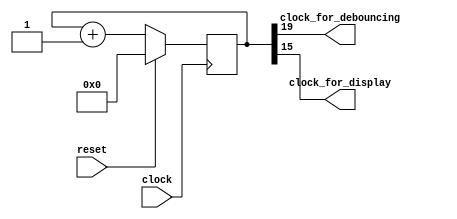
module clock_divider
(
    input  clock,
    input  reset,
    output clock_for_debouncing,
    output clock_for_display
);

    reg [19:0] counter;

    always @(posedge clock)
    begin
        if (reset)
            counter <= 0;
        else
            counter <= counter + 1;
    end

    assign clock_for_debouncing = counter [19];
    assign clock_for_display    = counter [15];

endmodule